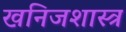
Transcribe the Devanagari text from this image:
खनिजशास्त्र